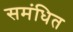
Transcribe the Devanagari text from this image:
समंधित